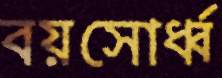
বয়সোর্ধ্ব